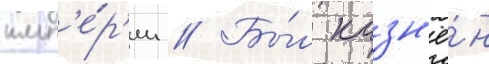
имп'е́р'ии // Бы́л казн'ё́н